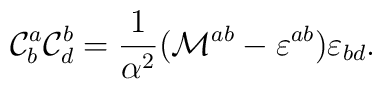
{\cal C}^a_b {\cal C}^b_d =\frac{1}{\alpha^2}({\cal M}^{ab}-\varepsilon^{ab})\varepsilon_{bd}.